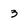
Character: 3